Civil Veterinary Department Bihar reports 1940-50 - 1940-1950
Year: 1940
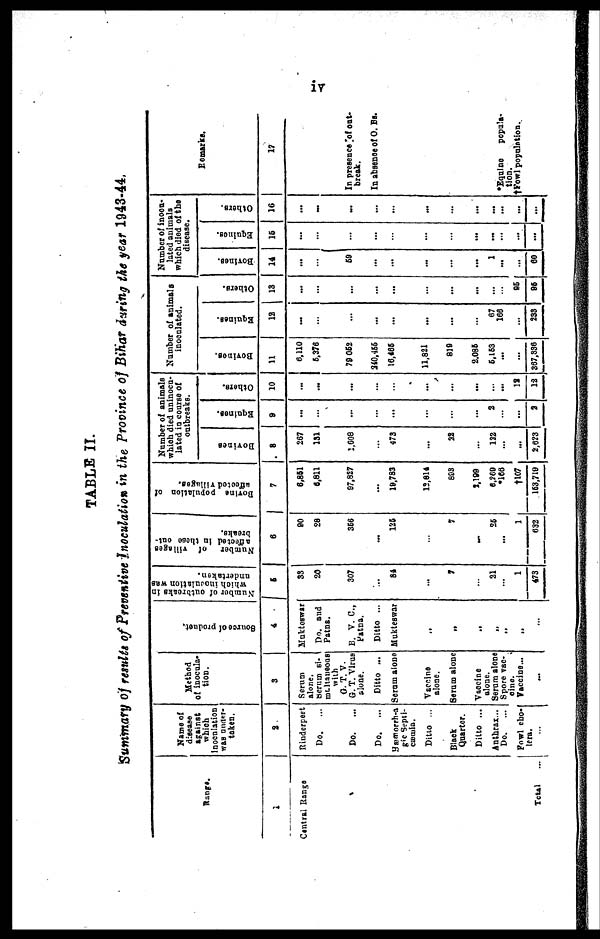
17
TABLE II.
Summary of results of Preventive Inoculation in the Province of Bihar during the year 1943-44.
Range.
1
Cantral Range
Total
Name of
disease
against
which
inoculation
was under-
taken.
2
Rinderpest
Do.
...
Do.
Do.
...
Sæmorrha
gic Septi-
cæmia.
Ditto ...
Black
Quarter.
Ditto ...
Anthrax...
Do.
Fowl cho-
lera
...
Method
of inocula-
tion.
3
Serum
alone.
Serum si-
maltaneous
with
G. T. V.
G. T. Vlrus
alone.
Ditto ...
Serum alone
Vaccine
alone.
Serum alone
Vaccine
alone.
Serum alone
Spore vac-
cine.
Vaccine...
...
Source
of product.
4
Mukteswar
Do. and
Patna.
B. V. C.,
Patna.
Ditto ...
Mukteswar
„
„
„
„
„
„
...
Number
of outbreaks in
which inoculation was
undertaken.
5
33
20
307
...
84
...
7
...
21
1
473
Number
of villages
affected In these out-
breaks.
6
80
28
366
...
126
...
7
...
25
...
1
633
Bovine
population of
affected villages.
7
6,861
6,811
97,327
...
18.783
12,814
808
1.189
6,269
*168
†107
153,719
Number of animals
which died uninocu-
lated in course of
outbreaks.
Bovines
8
267
131
1,608
...
473
...
22
...
122
...
...
2,623
Equi nes .
9
...
...
...
...
...
...
...
2
...
...
2
Others.
10
...
...
...
...
...
...
...
...
...
...
18
12
Number of animals
inoculated.
Bovines.
11
6,110
6.376
79 052
340,455
16,465
11,821
810
2.086
5,153
...
...
367,336
Equines.
12
...
...
...
...
...
...
...
...
67
166
...
233
Ot her s .
13
...
...
...
...
...
...
...
...
...
...
95
95
Number of inocu-
lated animals
which died of the
disease.
Bovi nes .
14
...
...
60
...
...
...
...
...
1
...
...
60
Equines.
15
...
...
...
...
...
...
...
...
...
...
...
...
Others.
16
...
...
...
...
...
...
...
...
...
...
...
...
Remarks.
17
In presence of out-
break.
In absence of O. Rs.
*Equine
popula-
tion.
†Fowl population.